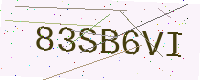
Text: 83SB6VI